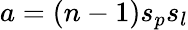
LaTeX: a=(n-1)s_{p}s_{l}